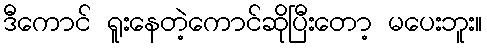
ဒီကောင် ရူးနေတဲ့ကောင်ဆိုပြီးတော့ မပေးဘူး။